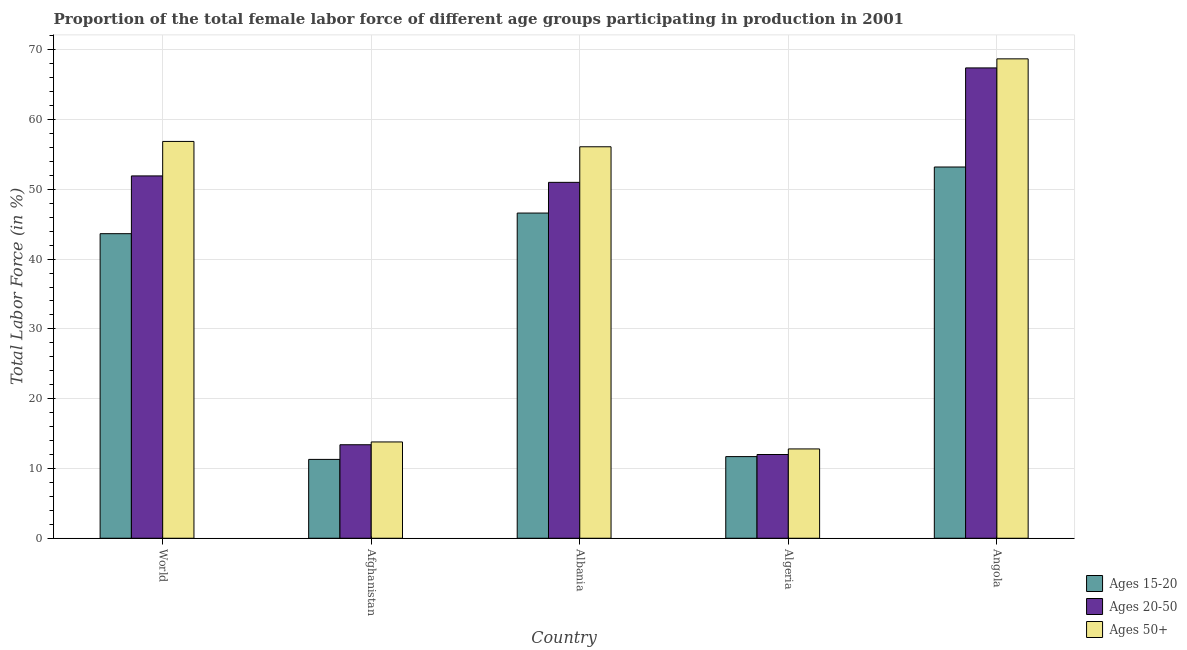
| Country | Ages 15-20 | Ages 20-50 | Ages 50+ |
 | --- | --- | --- | --- |
 | World | 43.6 | 51.9 | 56.9 |
 | Afghanistan | 11.3 | 13.4 | 13.8 |
 | Albania | 46.6 | 51 | 56.1 |
 | Algeria | 11.7 | 12 | 12.8 |
 | Angola | 53.2 | 67.4 | 68.7 |